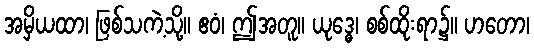
အမှိယထာ၊ ဖြစ်သကဲ့သို့။ ဧဝံ၊ ဤအတူ။ ယုဒ္ဓေ၊ စစ်ထိုးရာ၌။ ဟတော၊